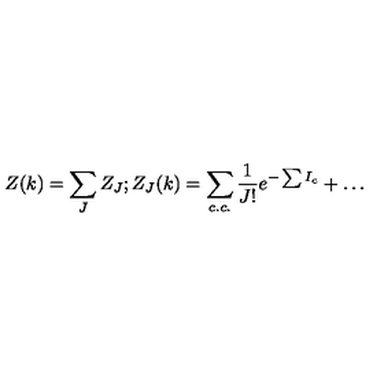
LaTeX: Z ( k ) = \sum _ { J } Z _ { J } ; Z _ { J } ( k ) = \sum _ { c . c . } \frac { 1 } { J ! } e ^ { - \sum I _ { c } } + \dots